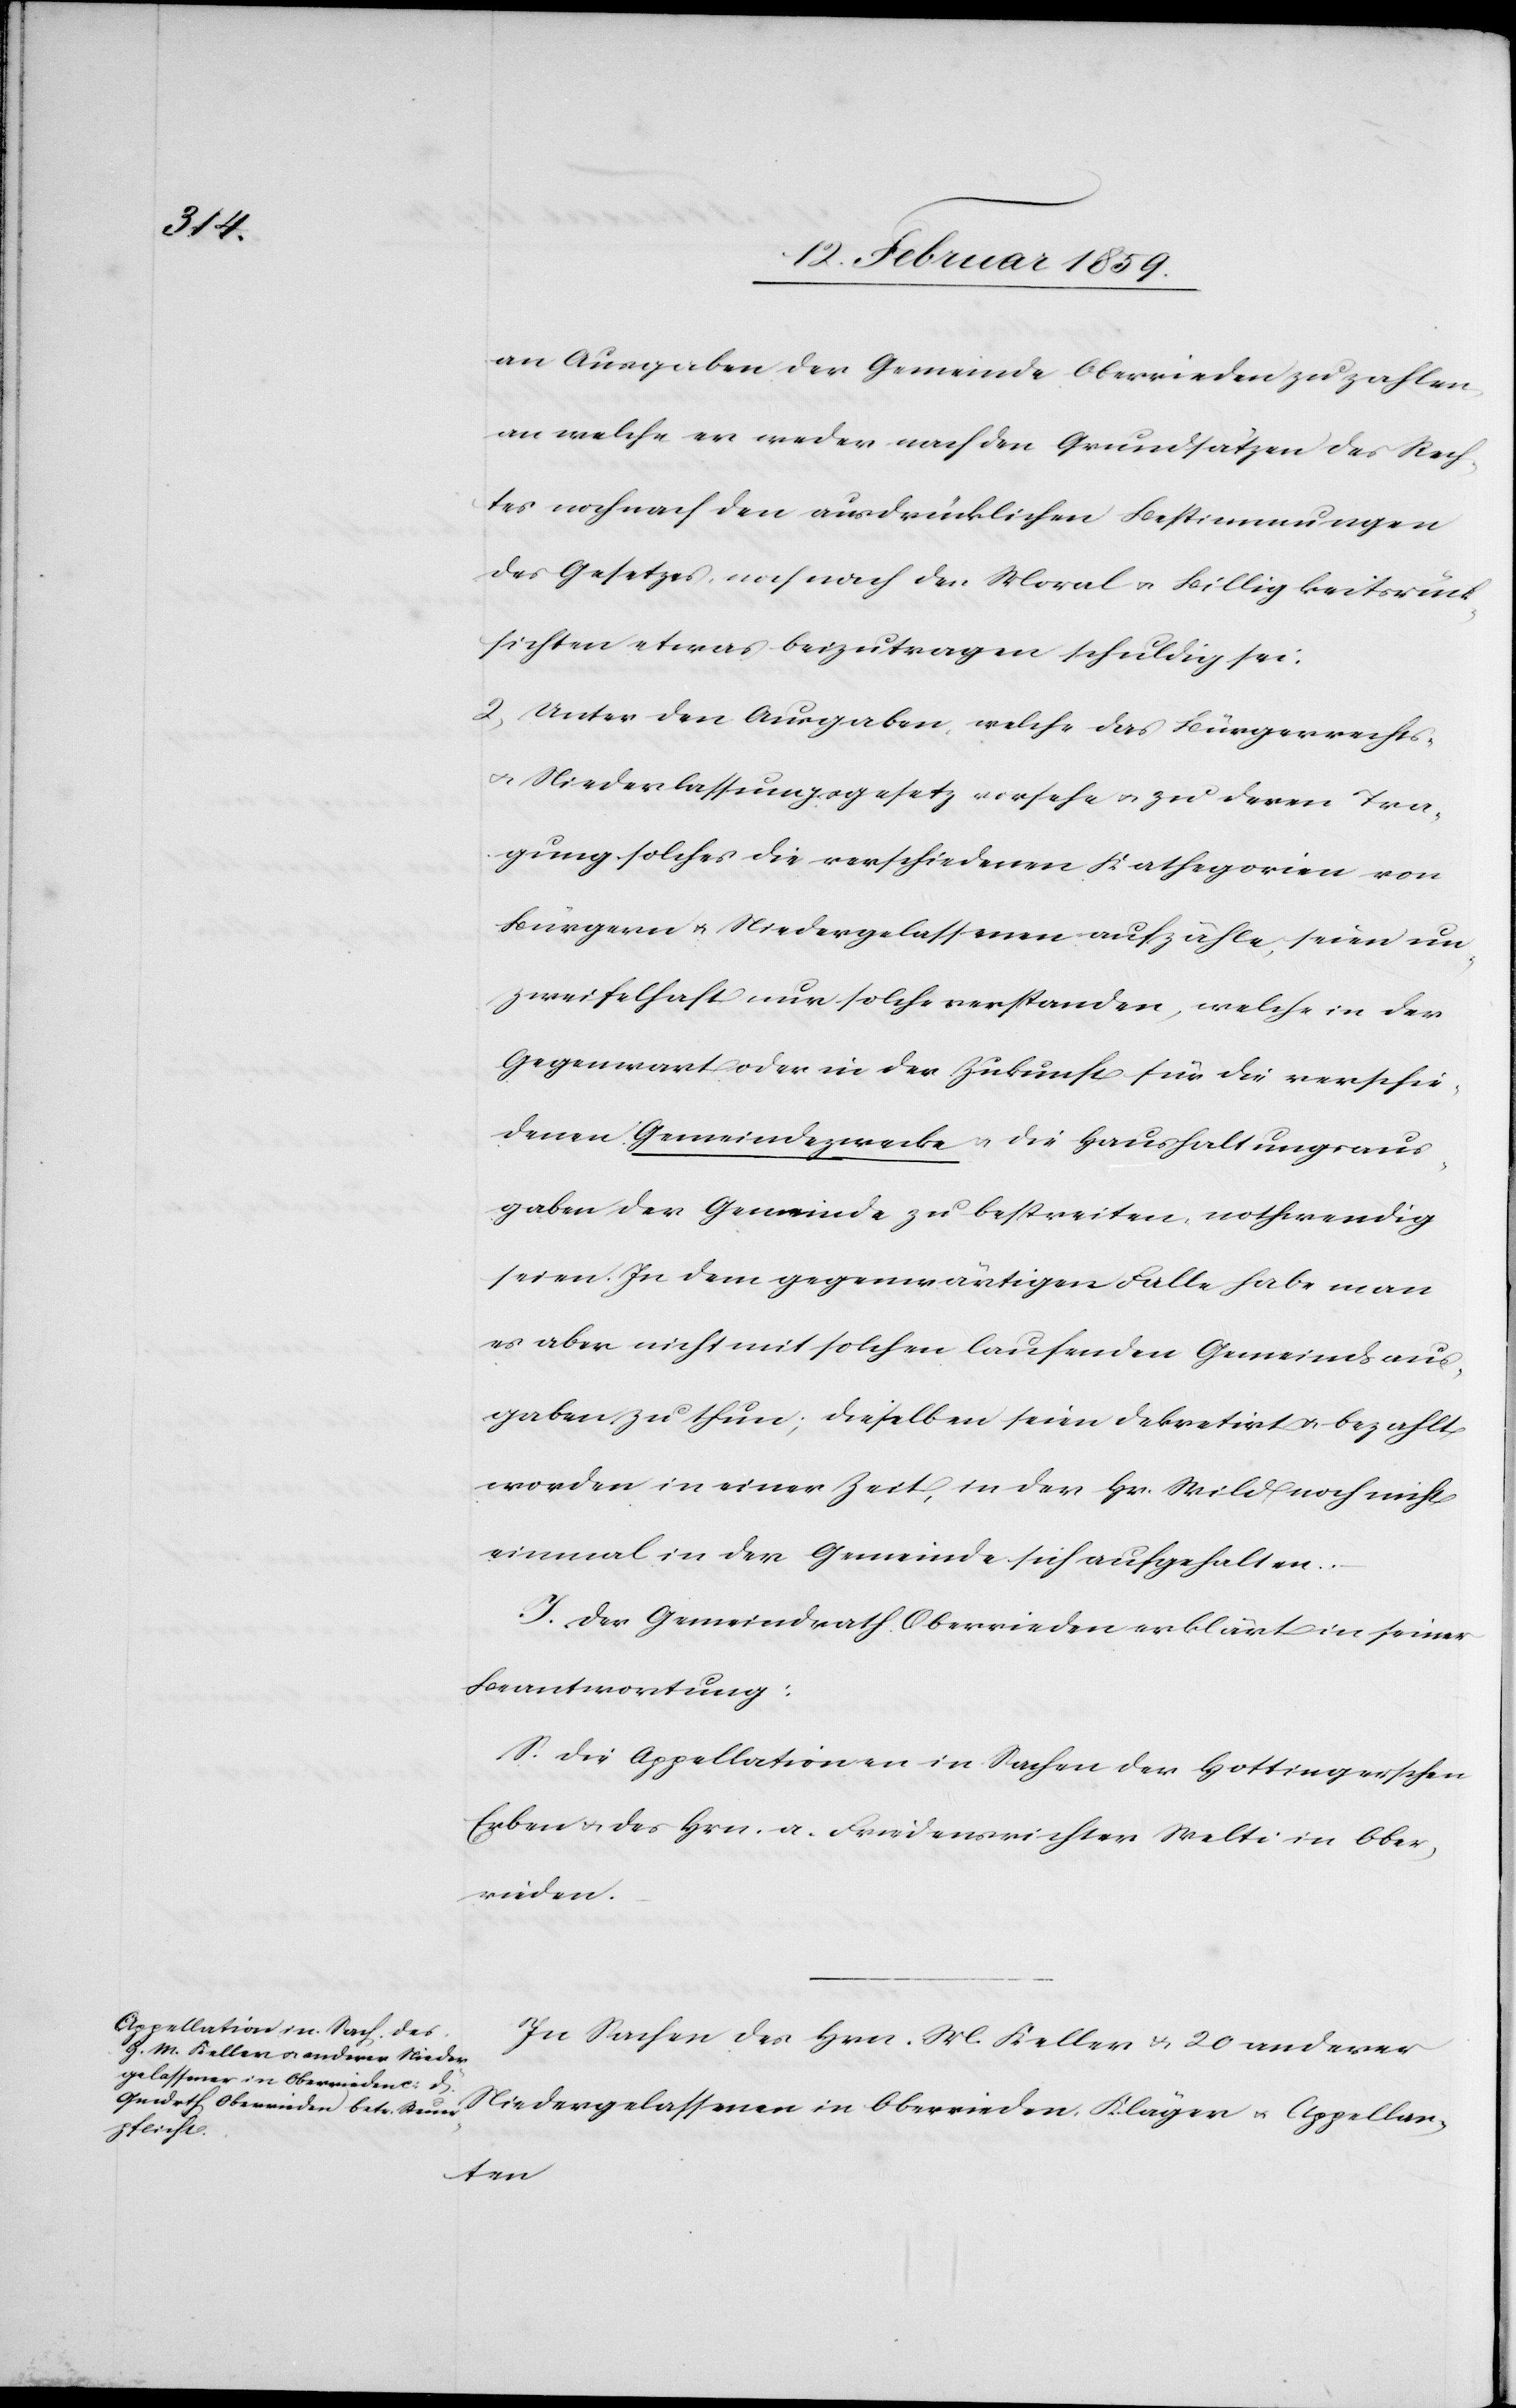
Ober¬

srichter

an Ausgaben der Gemeinde Oberrieden zu zahlen,
an welche er weder nach den Grundsätzen des Rech¬
tes noch nach den ausdrücklichen Bestimmungen
des Gesetzes, noch nach der Moral- u. Billigkeitsrück¬
sichten etwas beizutragen schuldig sei:
2) Unter den Ausgaben welche das Bürgerrechts-
u. Niederlassungsgesetz vorsehe u. zu deren Tra¬
gung solches die verschiedenen Kathegorien von
Bürgern u. Niedergelassenen aufzähle, seien un¬
zweifelhaft nur solche verstanden, welche in der
Gegenwart oder in der Zukunft für die verschie¬
denen Gemeindezwecke u. die Haushaltungsaus¬
gaben der Gemeinde zu bestreiten, nothwendig
seien. In dem gegenwärtigen Falle habe man
es aber nicht mit solchen laufenden Gemeindsaus¬
gaben zu thun; dieselben seien dekretirt u. bezahlt
worden in einer Zeit, in der Hr. Wild noch nicht
einmal in der Gemeinde sich aufgehalten.
J. Der Gemeindrath Oberrieden erklärt in seiner
Beantwortung:
S. die Appellationen in Sachen der Hottingerschen
rieden
In Sachen des Hrn. M. Keller u. 20 anderer
Niedergelassener in Oberrieden, Kläger u. Appellan-